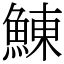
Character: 鯟